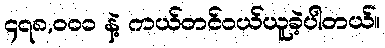
၄၇၈,၀၀၀ နဲ့ ကယ်တင်ဝယ်ယူခဲ့ပါတယ်။